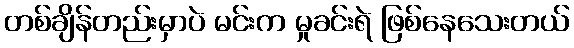
တစ်ချိန်တည်းမှာပဲ မင်းက မှုခင်းရဲ ဖြစ်နေသေးတယ်